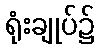
ရုံးချုပ်၌